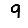
Digit: 9